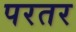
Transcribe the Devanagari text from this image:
परतर